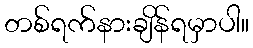
တစ်ရက်နားချိန်ရမှာပါ။